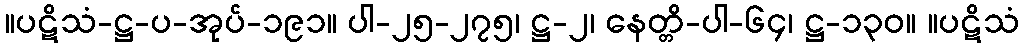
။ပဋိသံ-ဋ္ဌ-ပ-အုပ်-၁၉၁။ ပါ-၂၅-၂၇၅၊ ဋ္ဌ-၂၊ နေတ္တိ-ပါ-၆၄၊ ဋ္ဌ-၁၃၀။ ။ပဋိသံ